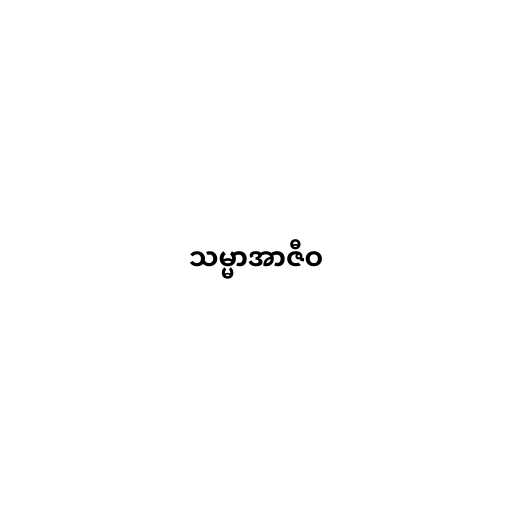
သမ္မာအာဇီဝ